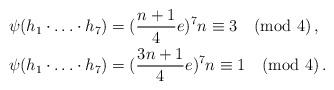
\begin{align*}\psi(h_1\cdot\ldots\cdot h_7)&=(\frac{n+1}{4}e)^7 n\equiv 3 \pmod 4\,,\\\psi(h_1\cdot\ldots\cdot h_7)&=(\frac{3n+1}{4}e)^7 n\equiv 1 \pmod 4\,.\\\end{align*}